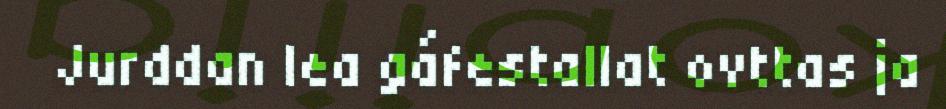
Jurddan lea gáfestallat ovttas ja